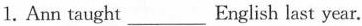
1.Ann taught___ English last year.